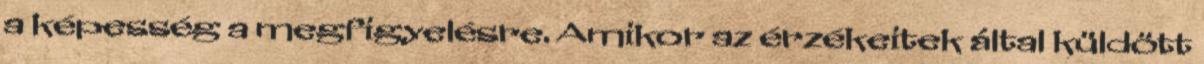
a képesség a megfigyelésre. Amikor az érzékeitek által küldött